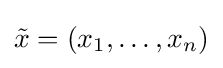
{\tilde {x}}=(x_{1},\dots ,x_{n})